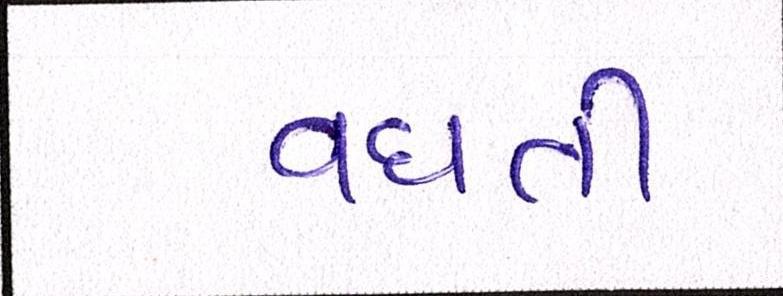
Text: વધતી